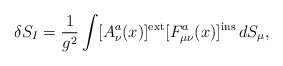
\begin{align*}\delta S_I = \frac{1}{g^2}\int[A^a_\nu(x)]^{\rm ext} [F^a_{\mu\nu}(x)]^{\rm ins}\,dS_\mu,\end{align*}